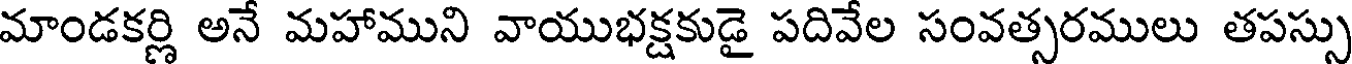
మాండకర్ణి అనే మహాముని వాయుభక్షకుడై పదివేల సంవత్సరములు తపస్సు